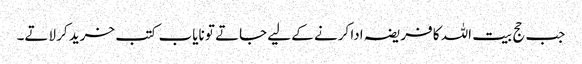
جب حج بیت اللہ کا فریضہ ادا کرنے کے لیے جاتے تو نایاب کتب خرید کر لاتے۔